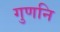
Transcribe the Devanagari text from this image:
गुणनि